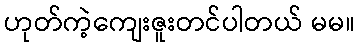
ဟုတ်ကဲ့ကျေးဇူးတင်ပါတယ် မမ။